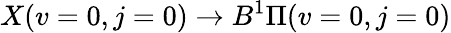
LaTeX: X(v=0,j=0)\to B^{1}\Pi(v=0,j=0)